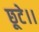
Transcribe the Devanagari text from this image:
छूटे।।